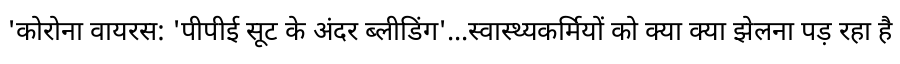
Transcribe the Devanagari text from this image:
'कोरोना वायरस: 'पीपीई सूट के अंदर ब्लीडिंग'...स्वास्थ्यकर्मियों को क्या क्या झेलना पड़ रहा है